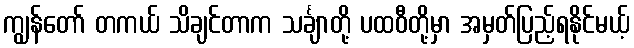
ကျွန်တော် တကယ် သိချင်တာက သင်္ချာတို့ ပထဝီတို့မှာ အမှတ်ပြည့်ရနိုင်မယ့်